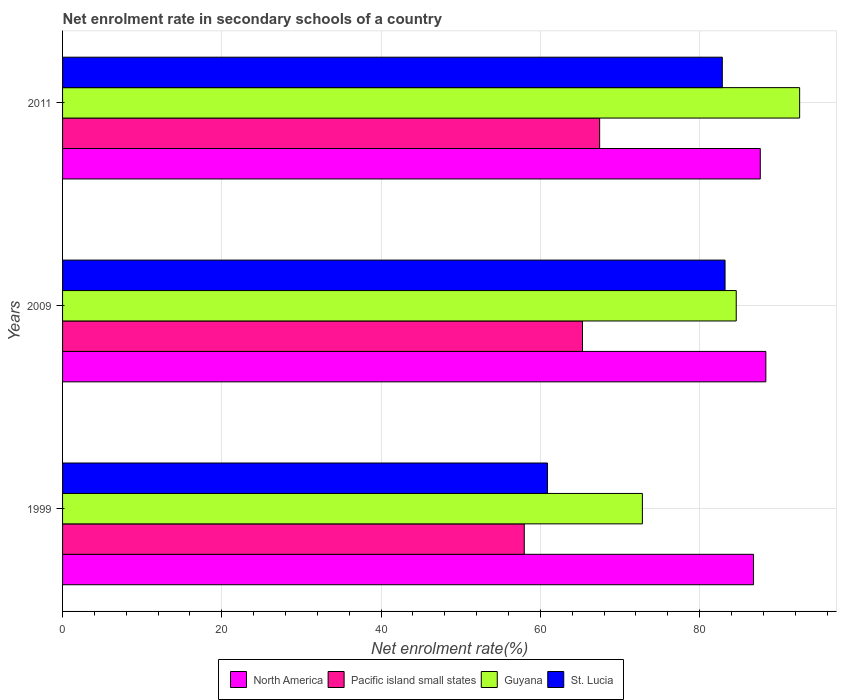
| Years | North America | Pacific island small states | Guyana | St. Lucia |
 | --- | --- | --- | --- | --- |
 | 1999 | 86.8 | 58 | 72.8 | 60.9 |
 | 2009 | 88.3 | 65.3 | 84.6 | 83.2 |
 | 2011 | 87.6 | 67.4 | 92.6 | 82.9 |